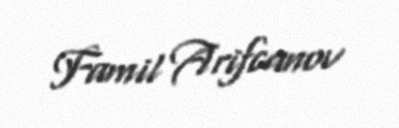
Famil Arifcanov